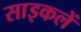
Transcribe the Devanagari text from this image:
साइकलें